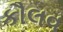
કૌલવ